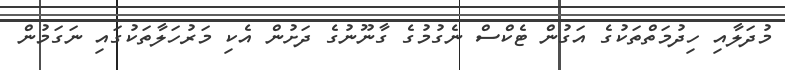
މުދަލާއި ހިދުމަތްތަކުގެ އަގުން ޓެކްސް ނެގުމުގެ ގާނޫނުގެ ދަށުން އެކި މަރުހަލާތަކުގައި ނަގަމުން